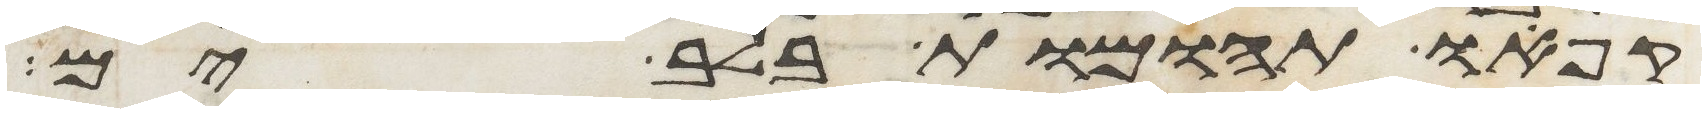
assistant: קפאו תהומות בלב ים